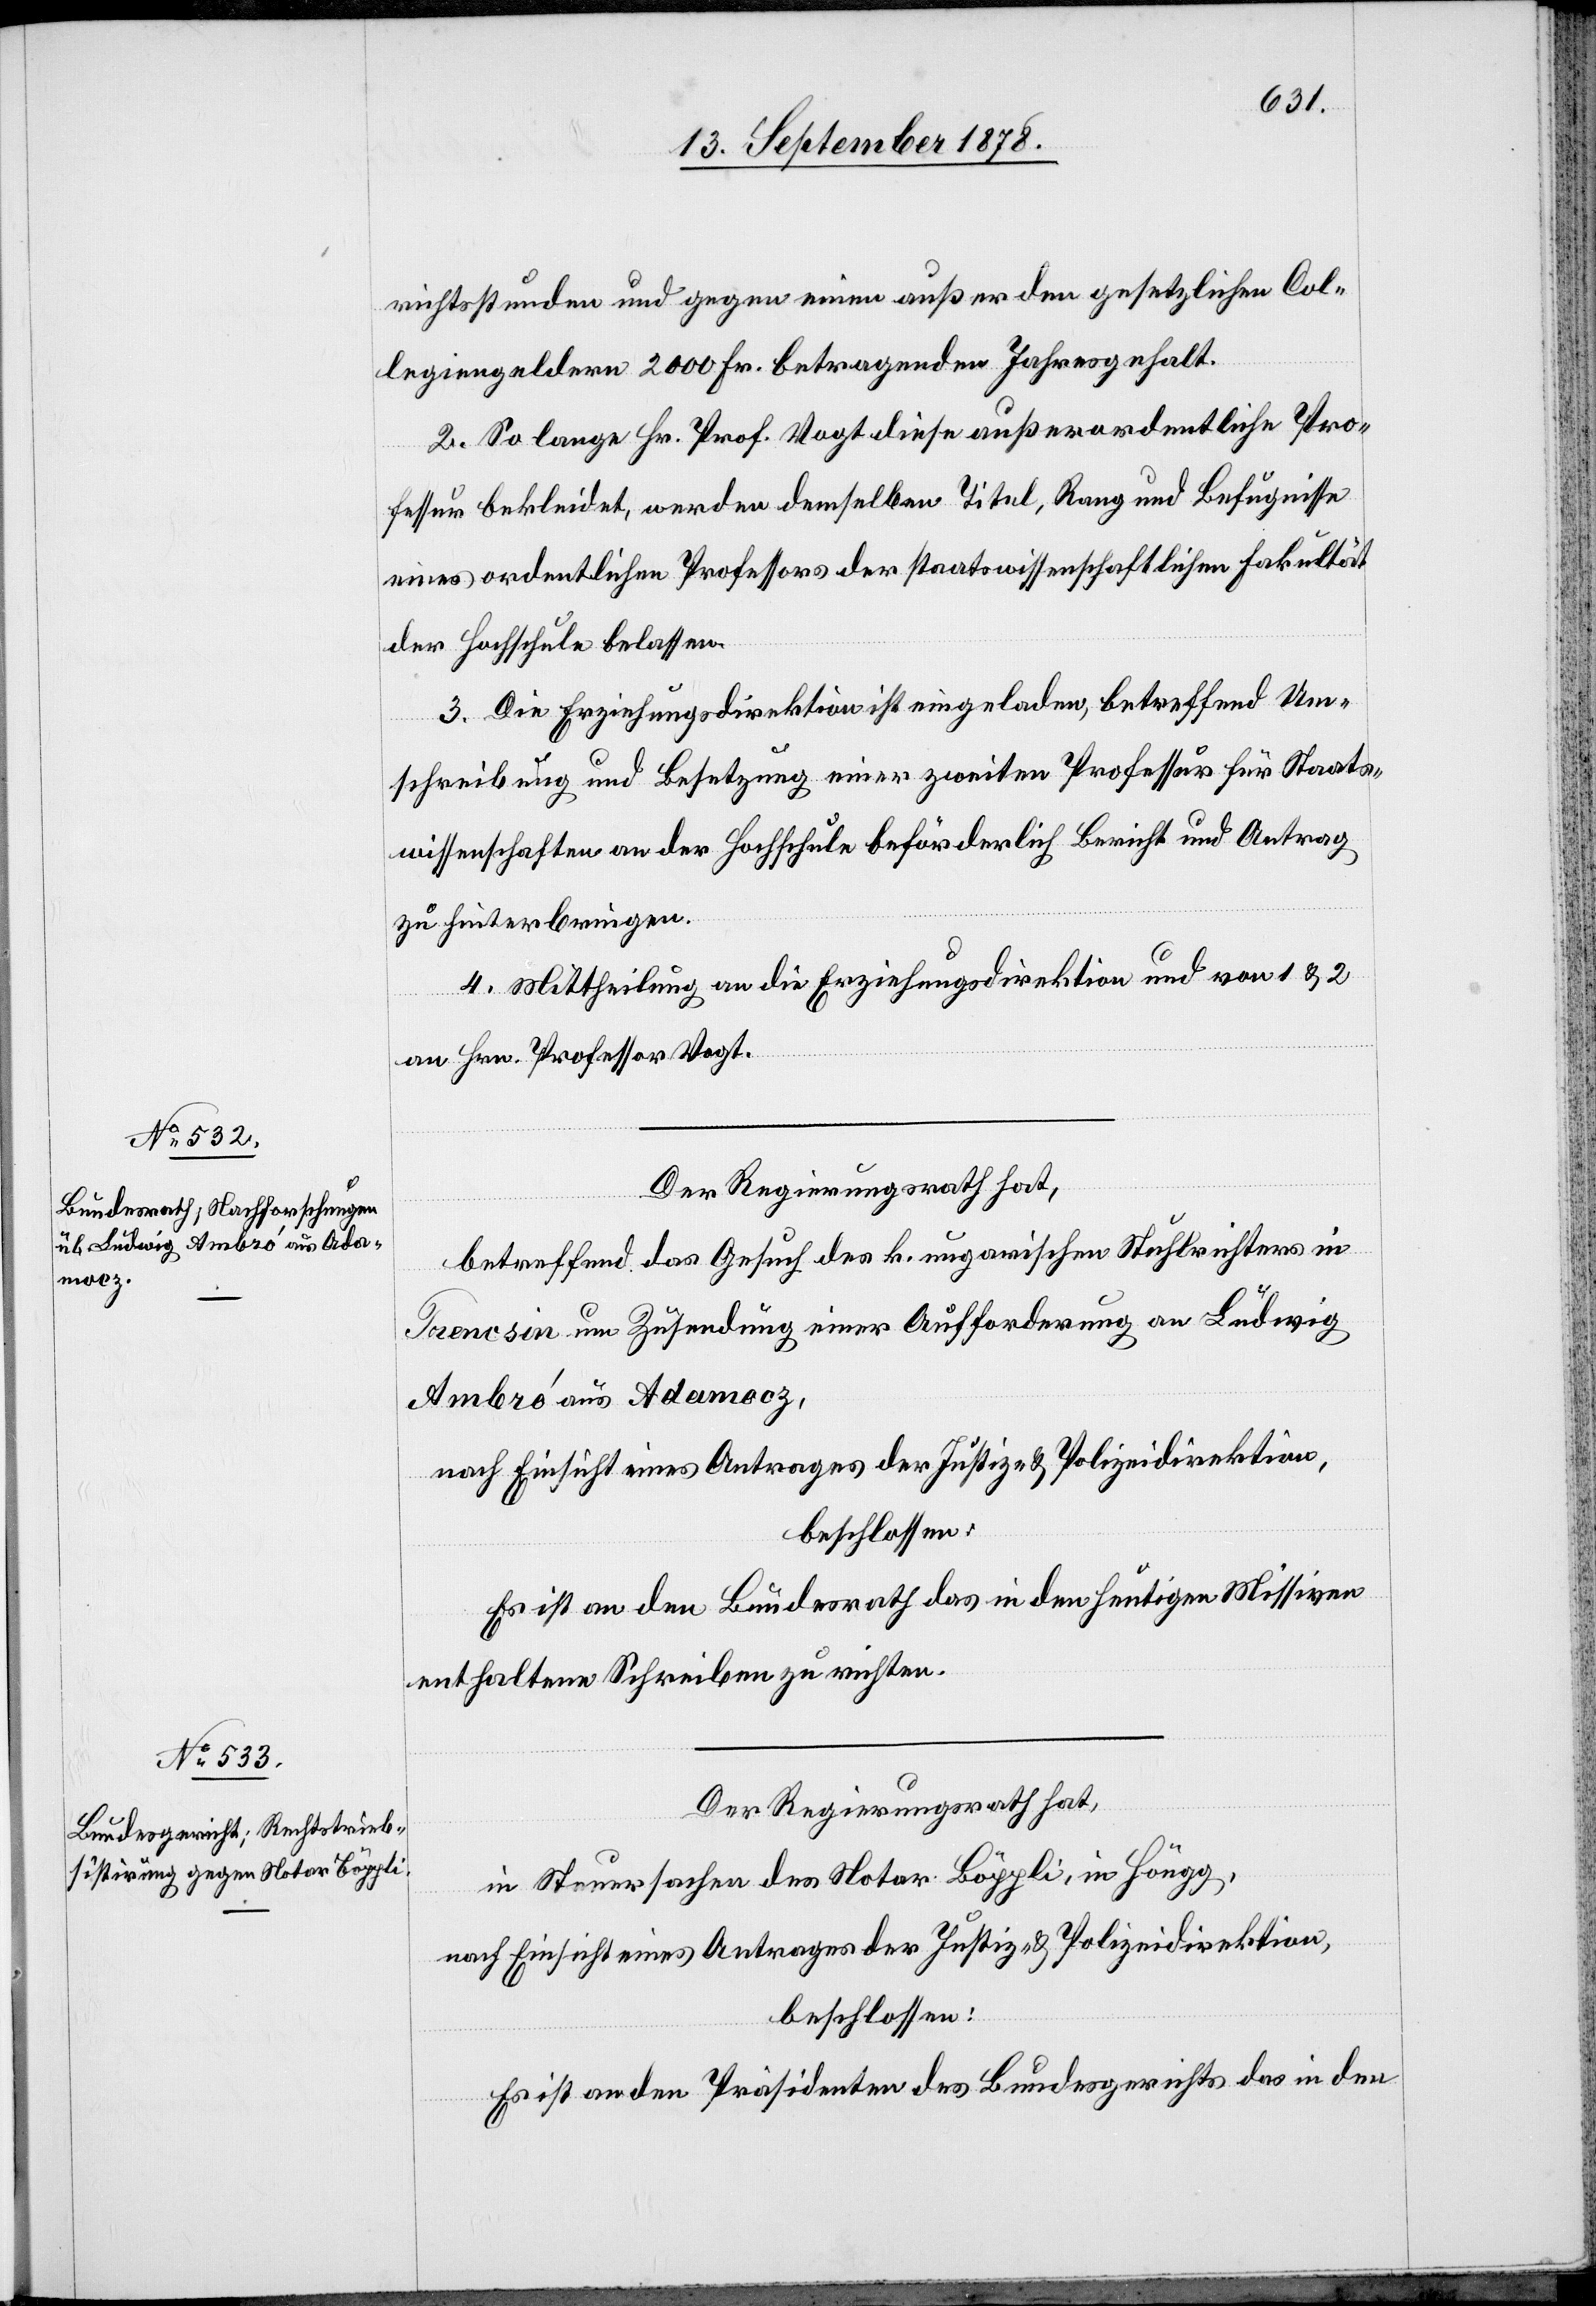
richtsstunden und gegen einen außer den gesetzlichen Col¬
legiengeldern 2000 Fr. betragenden Jahresgehalt.
2. So lange Hr. Prof. Vogt diese außerordentliche Pro¬
fessur bekleidet, werden demselben Titel, Rang und Befugnisse
eines ordentlichen Professors der staatswissenschaftlichen Fakultät
der Hochschule belassen.
3. Die Erziehungsdirektion ist eingeladen, betreffend Um¬
schreibung und Besetzung einer zweiten Professur für Staats¬
wissenschaften an der Hochschule beförderlich Bericht und Antrag
zu hinterbringen.
4. Mittheilung an die Erziehungsdirektion und von 1 & 2
an Hrn. Professor Vogt.
Der Regierungsrath hat,
betreffend das Gesuch des k. ungarischen Stuhlrichters in
Trencsin um Zusendung einer Aufforderung an Ludwig
Abró aus Adamocz,
nach Einsicht eines Antrages der Justiz- & Polizeidirektion,
beschlossen:
Es ist an den Bundesrath das in den heutigen Missiven
enthaltene Schreiben zu richten.
Der Regierungsrath hat,
in Steuersachen des Notar Böppli, in Höngg,
nach Einsicht eines Antrages der Justiz- & Polizeidirektion,
beschlossen:
Es ist an den Präsidenten des Bundesgericht das in den